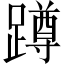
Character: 蹲